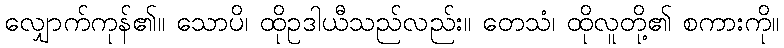
လျှောက်ကုန်၏။ သောပိ၊ ထိုဥဒါယီသည်လည်း။ တေသံ၊ ထိုလူတို့၏ စကားကို။